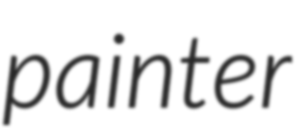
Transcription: painter